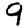
Digit: 9